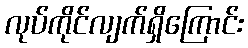
လုပ်ကိုင်လျက်ရှိကြောင်း